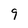
Character: 9